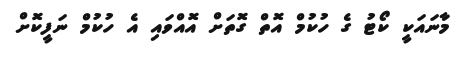
މާނައަކީ ކޯޓު ގެ ހުކުމް އޮތް ގޮތަށް އޮއްވައި އެ ހުކުމް ނަފީކޮށް